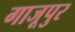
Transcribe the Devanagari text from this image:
गाजूपुर